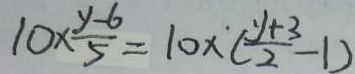
1 0 \times \frac { y - 6 } { 5 } = 1 0 \times ( \frac { y + 3 } { 2 } - 1 )